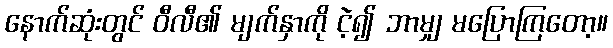
နောက်ဆုံးတွင် ဝီလီ၏ မျက်နှာကို ငဲ့၍ ဘာမျှ မပြောကြတော့။